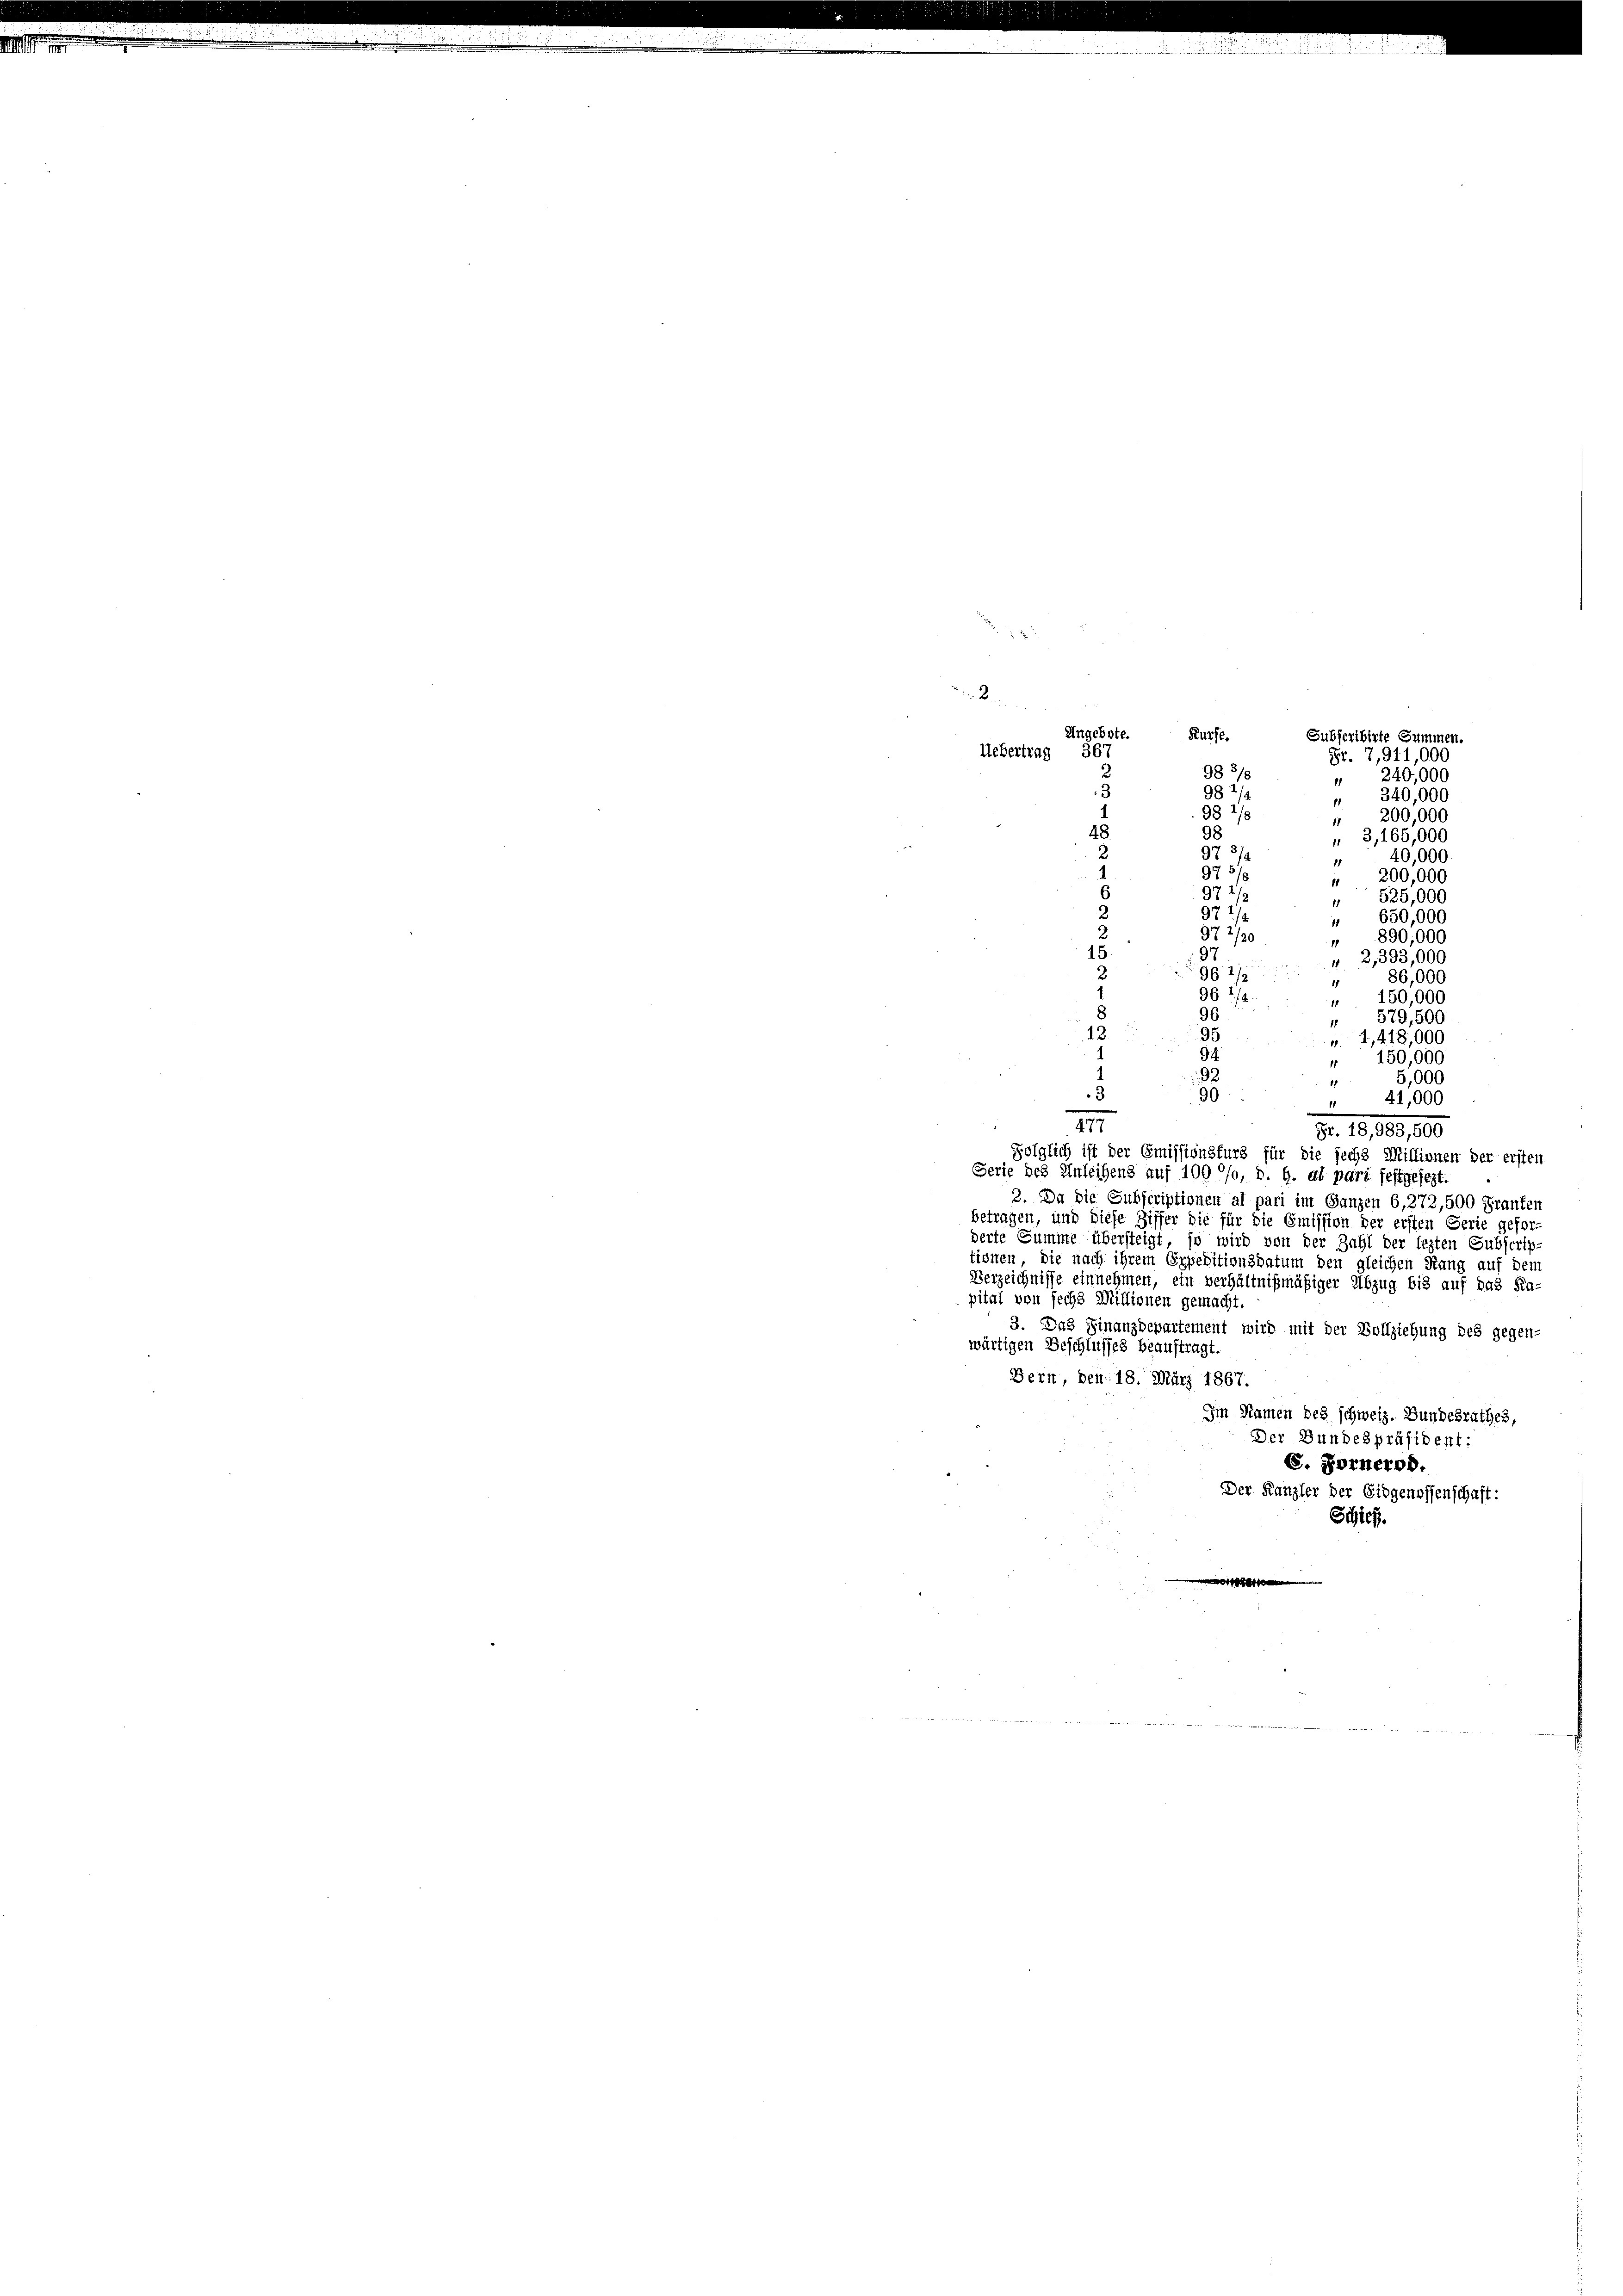
Ungebote. Kurfe.
Subscribirte Summen.
983/8
982/2
" 340,000
982/8
 200,000
98
3,165,000
40,000
¬
" 200,000
97
s
525,000
1
971
" 650,000
972/
890,000
97.
 2, 393,000
9 1/2
86,000
1
96 1/2.
" 150,000
96
" 579,500
2.
95
» 4,418,000
94.
150,000
1
92
1
5,000
11
3
90
41,000
.
477
Fr. 18,983,500
folglich ist der Emissionsfurg für die sechs Millinnen der ersten
Serie des Anleihens auf 100 °/o, D. G. di part festgesezt.
2. Da die Subscriptionen al pari im Ganzen 6,272,500 Franken
betragen, und diese Ziffer die für die Emission der ersten Gerie gefor-
derte Summe übersteigt, so wird von der Zahl der lezten Subscrip-
tionen, die nach ihrem Expeditionsdatum den gleichen Rang auf den
Verzeichnisse einnehmen, ein verhältnißmäßiger Abzug bis auf das Ka-
pital von sechs Millionen gemacht.
3. Das Finanzdepartement wird mit der Vollziehung des gegen-
wärtigen Beschlusses beauftragt.
Bern, den 18. März 1867.
Im Namen des schweiz. Bundesrathes,
Der Bundespräsident:
E. Fornerod.
Der Kanzler der Eidgenossenschaft:
Schieß.

A
Uebertrag 367
2
3
4

Fr. 7,911,000
" 240,000